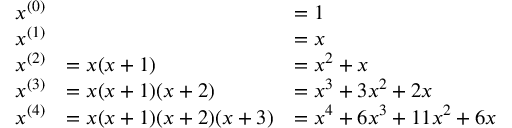
{ \begin{array} { r l l } { x ^ { ( 0 ) } } & & { = 1 } \\ { x ^ { ( 1 ) } } & & { = x } \\ { x ^ { ( 2 ) } } & { = x ( x + 1 ) } & { = x ^ { 2 } + x } \\ { x ^ { ( 3 ) } } & { = x ( x + 1 ) ( x + 2 ) } & { = x ^ { 3 } + 3 x ^ { 2 } + 2 x } \\ { x ^ { ( 4 ) } } & { = x ( x + 1 ) ( x + 2 ) ( x + 3 ) } & { = x ^ { 4 } + 6 x ^ { 3 } + 1 1 x ^ { 2 } + 6 x } \end{array} }